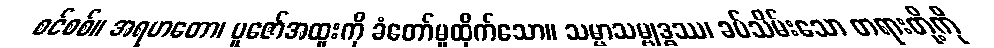
စင်စစ်။ အရဟတော၊ ပူဇော်အထူးကို ခံတော်မူထိုက်သော။ သမ္မာသမ္ဗုဒ္ဓဿ၊ ခပ်သိမ်းသော တရားတို့ကို